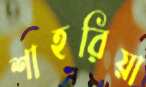
শাহরিয়া